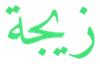
زيجة